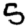
Digit: 5